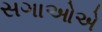
સગાઓએ